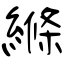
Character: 縧